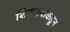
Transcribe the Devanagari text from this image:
शिवरायांकडून